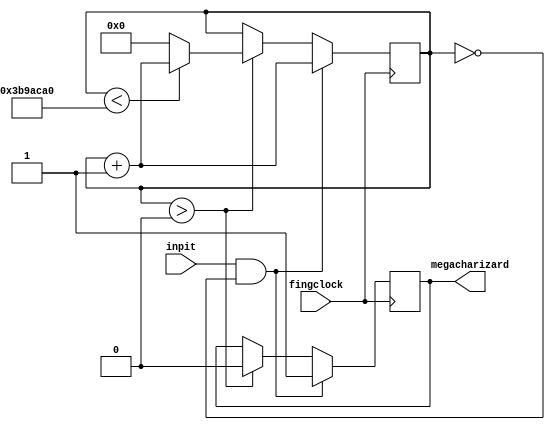
module movelimit (inpit,fingclock,megacharizard);
input inpit,fingclock;
output reg megacharizard;
reg [22:0] zed;
always@(posedge fingclock)begin if (inpit==1 & zed==0)begin
												megacharizard <= 1;
												zed <= zed +1; end
											else begin if (zed>0) begin megacharizard <=0;
												if (zed<62500000) zed<=zed+1;
												else zed<=0; end end end endmodule